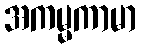
အကမ္မကာမာ